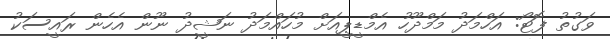
ވަގުތު ފޮޓޯ: އަހްމަދު މަމްދޫހު އެމްޑީޕީއަށް މުހައްމަދު ނަޝީދު ނޫން އެހެން ރައީސަކު